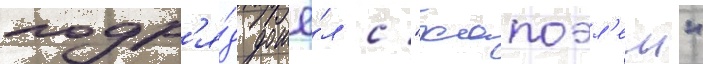
подр'я́д дошё́л с "хапоэл'ем"